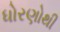
ધોરણોથી